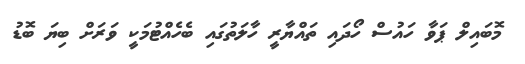
މޮބައިލް ޕަވާ ހައުސް ހޯދައި ތައްޔާރީ ހާލަތުގައި ބެހެއްޓުމަކީ ވަރަށް ބިޔަ ބޮޑު